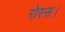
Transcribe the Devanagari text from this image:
रोस्स।